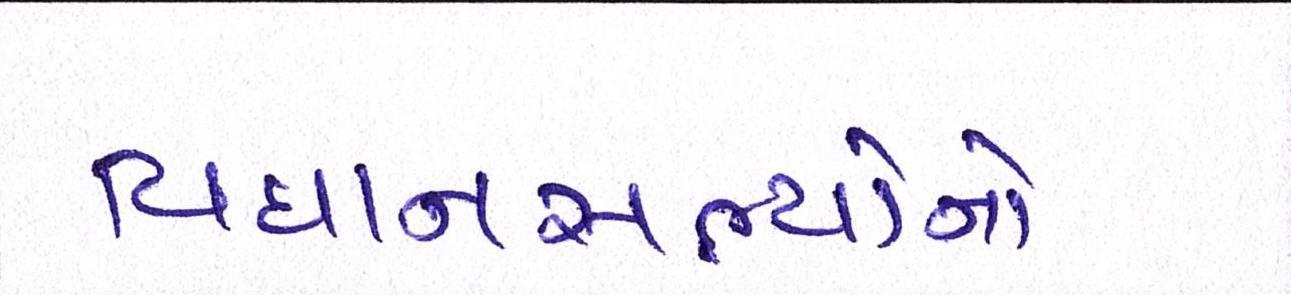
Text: વિધાનસભ્યોનો